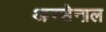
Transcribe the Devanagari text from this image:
आरसेनाल